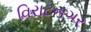
વિરાટનગર